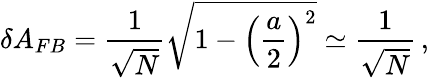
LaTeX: \delta A_{FB}=\frac{1}{\sqrt{N}}\sqrt{1-\left(\frac{a}{2}\right)^{2}}\simeq\frac{1}{\sqrt{N}}\, ,